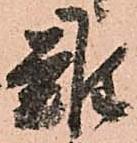
難